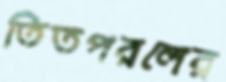
তিতপরলের